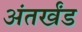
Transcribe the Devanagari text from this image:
अंतर्खंड